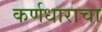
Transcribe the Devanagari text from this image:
कर्णधाराचा